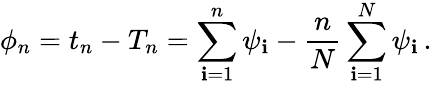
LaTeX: \phi_{n}=t_{n}-T_{n}=\sum_{\mathbf{i}=1}^{n}\psi_{\mathbf{i}}-{\frac{{n}}{{N}}}\sum_{\mathbf{i}=1}^{N}\psi_{\mathbf{i}}\, .